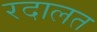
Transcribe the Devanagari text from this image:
रदालत